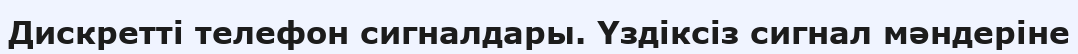
Дискретті телефон сигналдары. Үздіксіз сигнал мәндеріне